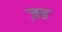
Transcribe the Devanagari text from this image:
ज़ड